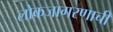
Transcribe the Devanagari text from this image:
लोकजागरणाची